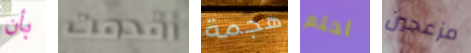
بأن أقدمت هجمة احلم مزعجين